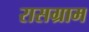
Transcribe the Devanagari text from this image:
रासग्राम